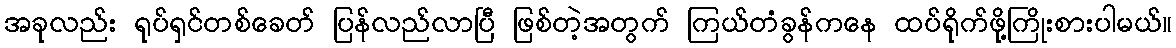
အခုလည်း ရုပ်ရှင်တစ်ခေတ် ပြန်လည်လာပြီ ဖြစ်တဲ့အတွက် ကြယ်တံခွန်ကနေ ထပ်ရိုက်ဖို့ကြိုးစားပါမယ်။